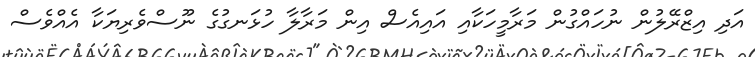
އަދި އިޒްރޭލުން ނުހައްގުން މަރާމީހަކާއި އައިއެސް އިން މަރާލާ ހުޅަނގުގެ ނޫސްވެރިޔަކާ އެއްވެސް